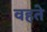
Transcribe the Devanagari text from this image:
वहते